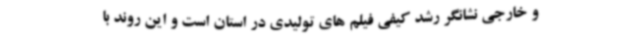
و خارجی نشانگر رشد کیفی فیلم های تولیدی در استان است و این روند با